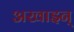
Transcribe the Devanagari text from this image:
अखाइन्